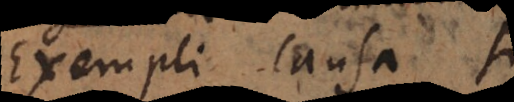
Exempli causa